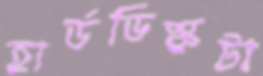
হার্ডডিস্কটা